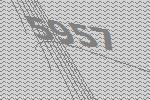
5957